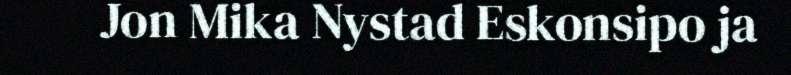
Jon Mika Nystad Eskonsipo ja